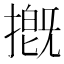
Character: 摡